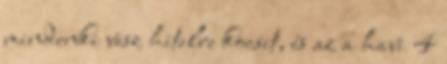
mindenki vesz hitelre kocsit, és az a havi 4